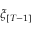
\xi _ { [ T - 1 ] }